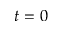
t = 0